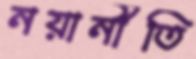
নয়ানীতি